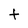
Character: t